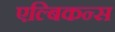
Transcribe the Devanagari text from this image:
एल्बिकन्स